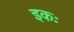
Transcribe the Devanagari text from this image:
इकः